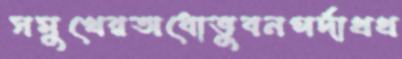
সমুখেরঅধোভুবনপর্দাথথ